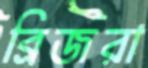
ব্রিজরা